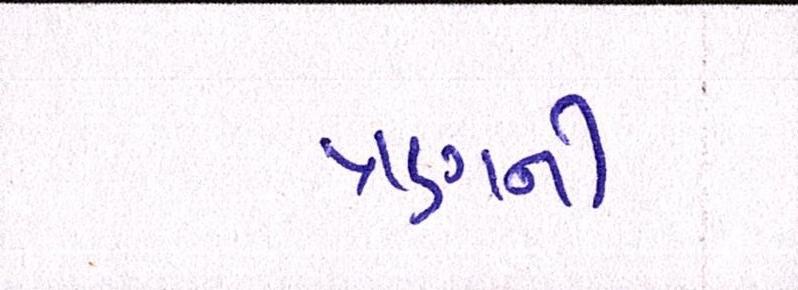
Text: ત્રણની